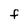
Character: F